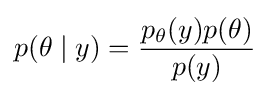
p(\theta \mid y)={\frac {p_{\theta }(y)p(\theta )}{p(y)}}